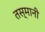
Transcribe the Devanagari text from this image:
तस्मानी